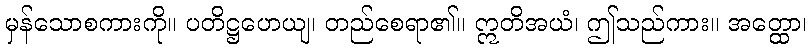
မှန်သောစကားကို။ ပတိဋ္ဌဟေယျ၊ တည်စေရာ၏။ ဣတိအယံ၊ ဤသည်ကား။ အတ္ထော၊